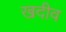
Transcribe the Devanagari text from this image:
खदीव